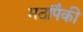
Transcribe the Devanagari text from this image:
मठांपैकी